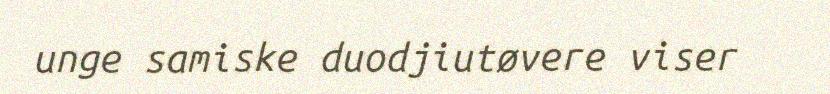
unge samiske duodjiutøvere viser